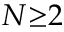
N { \ge } 2